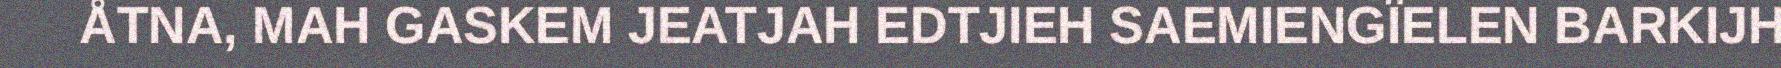
ÅTNA, MAH GASKEM JEATJAH EDTJIEH SAEMIENGÏELEN BARKIJH